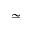
\simeq